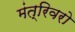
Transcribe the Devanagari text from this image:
मंत्रिवरो